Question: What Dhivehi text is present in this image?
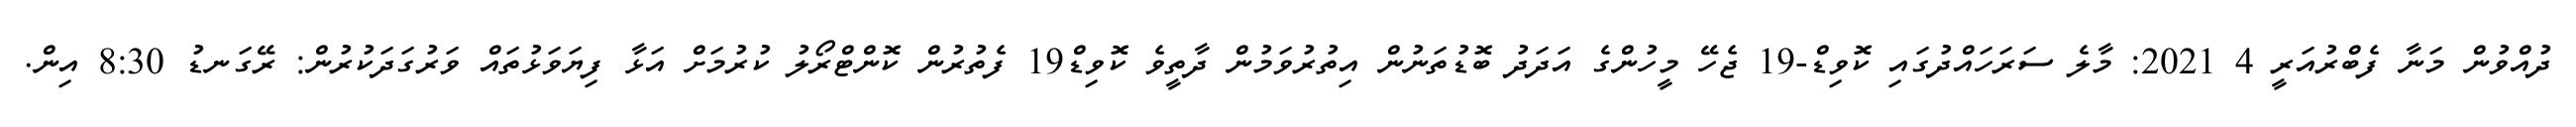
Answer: ދުއްވުން މަނާ ފެބްރުއަރީ 4 2021: މާލެ ސަރަހައްދުގައި ކޮވިޑް-19 ޖެހޭ މީހުންގެ އަދަދު ބޮޑުތަނުން އިތުރުވަމުން ދާތީވެ ކޮވިޑް19 ފެތުރުން ކޮންޓްރޯލު ކުރުމަށް އަޅާ ފިޔަވަޅުތައް ވަރުގަދަކުރުން: ރޭގަނޑު 8:30 އިން.